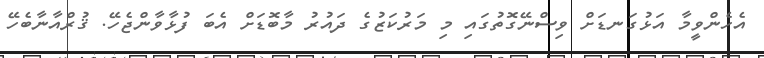
އެހެންވީމާ އަޅުގަނޑަށް ވިސްނޭގޮތުގައި މި މަރުކަޒުގެ ދައުރު މާބޮޑަށް އެބަ ފުޅާވާންޖެހޭ. ޤުރްއާނާބެހޭ